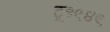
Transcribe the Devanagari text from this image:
टू१९४९